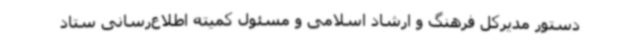
دستور مدیرکل فرهنگ و ارشاد اسلامی و مسئول کمیته اطلاع‌رسانی ستاد